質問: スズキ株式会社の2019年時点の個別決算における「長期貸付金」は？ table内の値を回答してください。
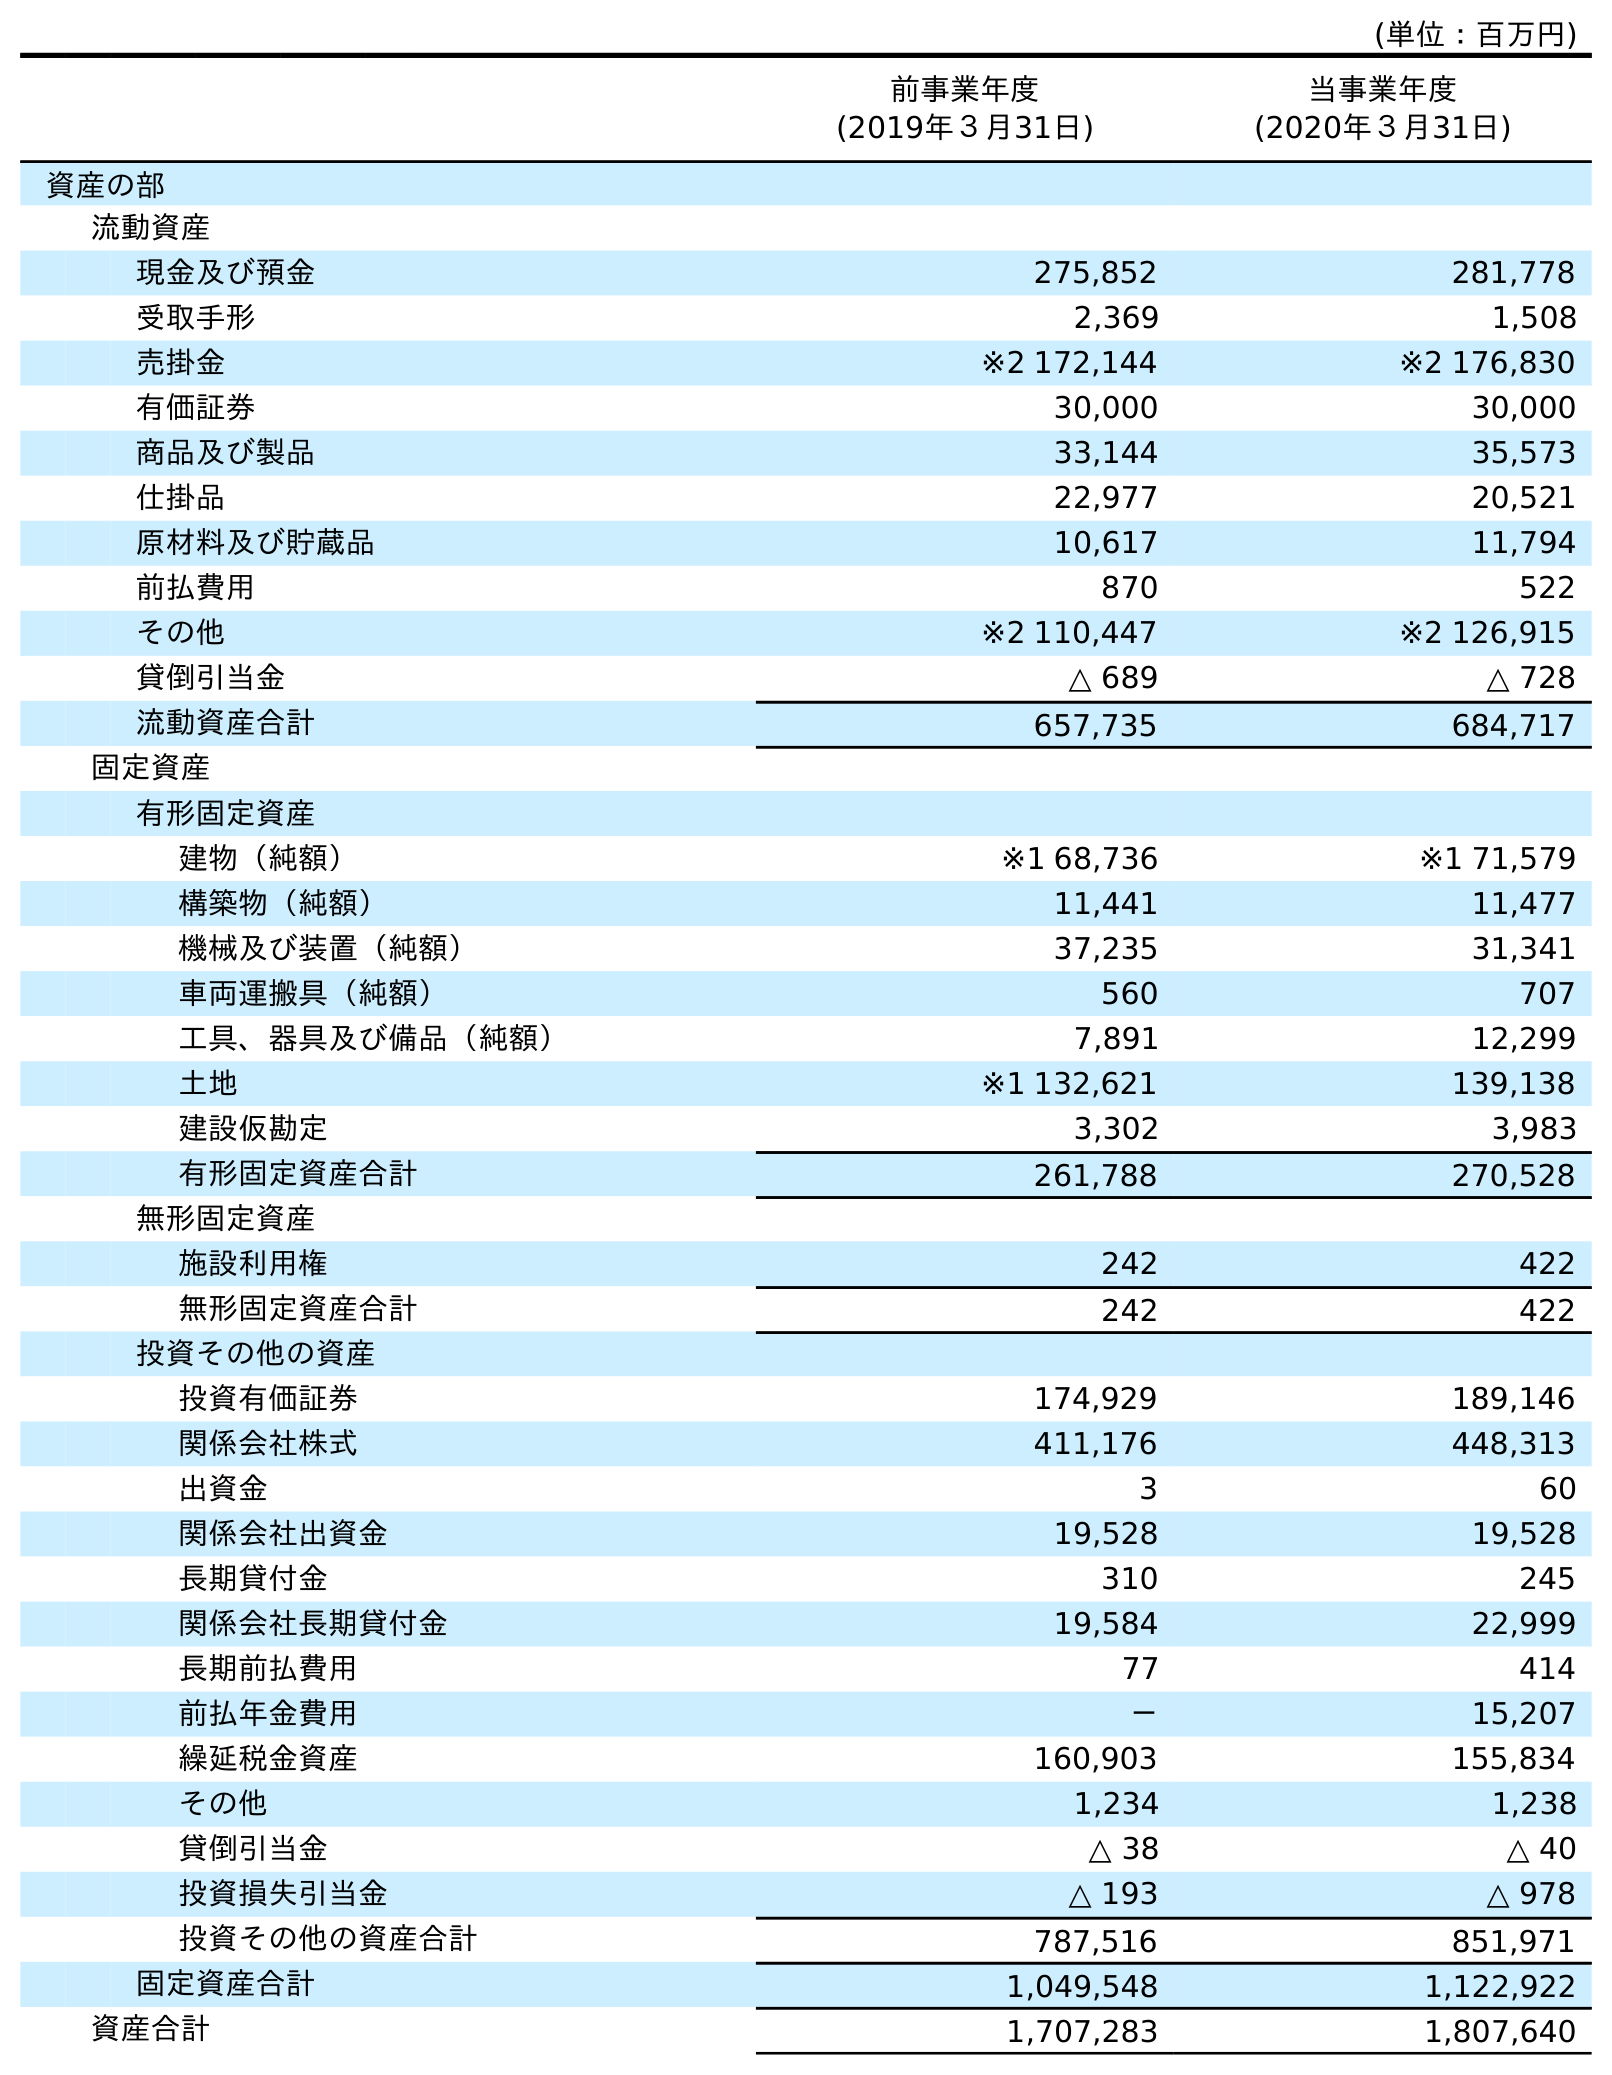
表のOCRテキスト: (単位：百万円) 前事業年度 (2019年３月31日) 当事業年度 (2020年３月31日) 資産の部 流動資産 現金及び預金 275,852 281,778 受取手形 2,369 1,508 売掛金 ※2 172,144 ※2 176,830 有価証券 30,000 30,000 商品及び製品 33,144 35,573 仕掛品 22,977 20,521 原材料及び貯蔵品 10,617 11,794 前払費用 870 522 その他 ※2 110,447 ※2 126,915 貸倒引当金 △ 689 △ 728 流動資産合計 657,735 684,717 固定資産 有形固定資産 建物（純額） ※1 68,736 ※1 71,579 構築物（純額） 11,441 11,477 機械及び装置（純額） 37,235 31,341 車両運搬具（純額） 560 707 工具、器具及び備品（純額） 7,891 12,299 土地 ※1 132,621 139,138 建設仮勘定 3,302 3,983 有形固定資産合計 261,788 270,528 無形固定資産 施設利用権 242 422 無形固定資産合計 242 422 投資その他の資産 投資有価証券 174,929 189,146 関係会社株式 411,176 448,313 出資金 3 60 関係会社出資金 19,528 19,528 長期貸付金 310 245 関係会社長期貸付金 19,584 22,999 長期前払費用 77 414 前払年金費用 － 15,207 繰延税金資産 160,903 155,834 その他 1,234 1,238 貸倒引当金 △ 38 △ 40 投資損失引当金 △ 193 △ 978 投資その他の資産合計 787,516 851,971 固定資産合計 1,049,548 1,122,922 資産合計 1,707,283 1,807,640
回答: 310